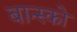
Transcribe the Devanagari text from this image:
बान्स्को